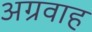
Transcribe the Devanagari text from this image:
अग्रवाह